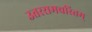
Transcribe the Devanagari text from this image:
उतररामचरितम्‌